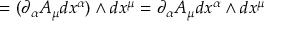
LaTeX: = ( \partial _ { \alpha } A _ { \mu } d x ^ { \alpha } ) \wedge d x ^ { \mu } = \partial _ { \alpha } A _ { \mu } d x ^ { \alpha } \wedge d x ^ { \mu }